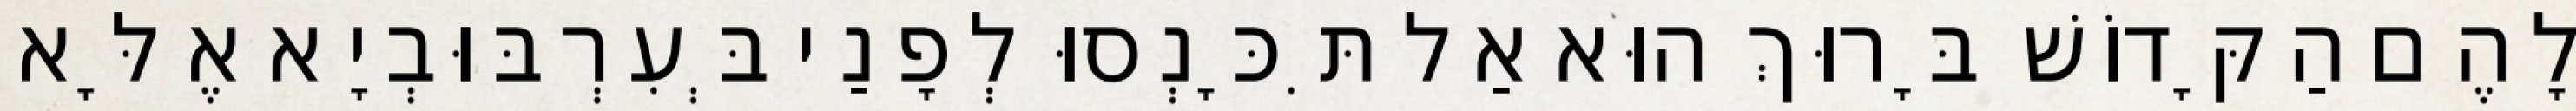
לָהֶם הַקָּדוֹשׁ בָּרוּךְ הוּא אַל תִּכָּנְסוּ לְפָנַי בְּעִרְבּוּבְיָא אֶלָּא